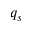
q _ { s }